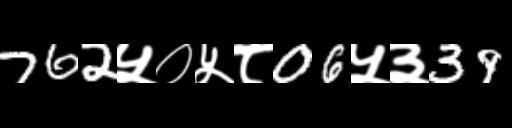
Text: 762५०५८06५३39